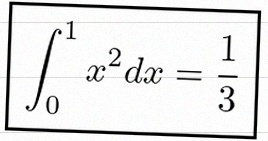
\int_0^1 x^2dx=\frac13